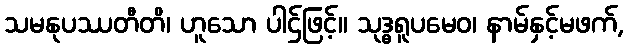
သမနုပဿတီတိ၊ ဟူသော ပါဌ်ဖြင့်။ သုဒ္ဓရူပမေဝ၊ နာမ်နှင့်မဖက်,